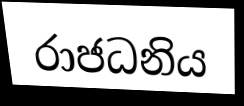
රාජධනිය